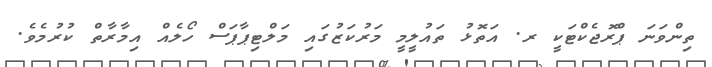
ތިންވަނަ ޕްރޮޖެކްޓަކީ ރ. އަތޮޅު ތައުލީމީ މަރުކަޒުގައި މަލްޓިޕާޕަސް ހޯލެއް އިމާރާތް ކުރުމެވެ.